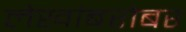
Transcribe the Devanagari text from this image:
लेखांबरोबर